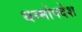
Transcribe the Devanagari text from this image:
धम्मोपदेश